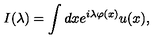
I ( \lambda ) = \int d x e ^ { i \lambda \varphi ( x ) } u ( x ) ,